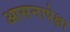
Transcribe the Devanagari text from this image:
आसनापेक्षा